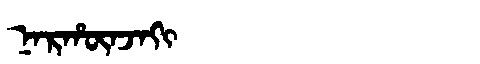
Manchu: ᠨᠠᡵᡥᡡᠨᠵᠠᡴᡳ
Romanization: NARHŪNJAKI